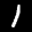
Label: 1